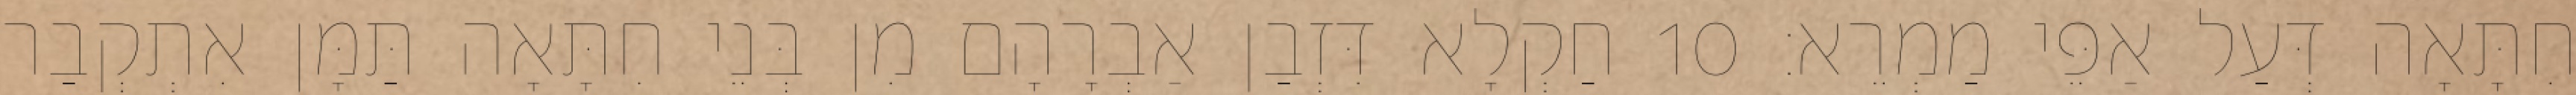
חִתָּאָה דְּעַל אַפֵּי מַמְרֵא׃ 10 חַקְלָא דִּזְבַן אַבְרָהָם מִן בְּנֵי חִתָּאָה תַּמָּן אִתְקְבַר